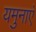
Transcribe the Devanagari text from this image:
यमुनाएं